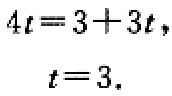
\[

\begin{align*}

4t&=3 + 3t,\\

t&=3.

\end{align*}

\]